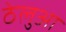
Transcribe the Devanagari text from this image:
ठेलुआ